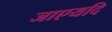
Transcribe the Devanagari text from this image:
जाएयदि